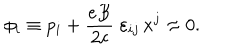
LaTeX: \phi _ { i } \equiv p _ { i } + \frac { e B } { 2 c } \; \varepsilon _ { i j } \, x ^ { j } \approx 0 .